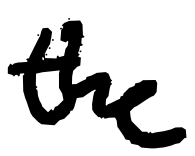
Text: the
Cross-out: clean
Writing tool: digital_black